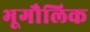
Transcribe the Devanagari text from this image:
भूगौलिक